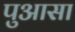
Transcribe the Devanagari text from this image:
पुआसा